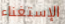
الإستغناء